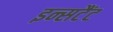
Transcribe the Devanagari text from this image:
इन्सटैंट